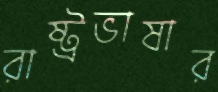
রাষ্ট্রভাষার